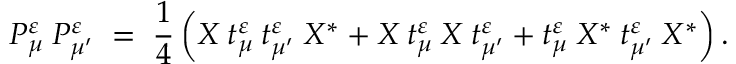
P _ { \mu } ^ { \varepsilon } \: P _ { \mu ^ { \prime } } ^ { \varepsilon } \; = \; \frac { 1 } { 4 } \left( X \: t _ { \mu } ^ { \varepsilon } \: t _ { \mu ^ { \prime } } ^ { \varepsilon } \: X ^ { * } + X \: t _ { \mu } ^ { \varepsilon } \: X \: t _ { \mu ^ { \prime } } ^ { \varepsilon } + t _ { \mu } ^ { \varepsilon } \: X ^ { * } \: t _ { \mu ^ { \prime } } ^ { \varepsilon } \: X ^ { * } \right) .